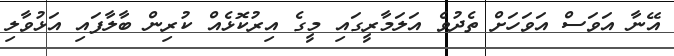
އޭނާ އަވަސް އަވަހަށް ތެދުވެ އަލަމާރީގައި މީގެ އިރުކޮޅެއް ކުރިން ބާލާފައި އަޅުވާލި